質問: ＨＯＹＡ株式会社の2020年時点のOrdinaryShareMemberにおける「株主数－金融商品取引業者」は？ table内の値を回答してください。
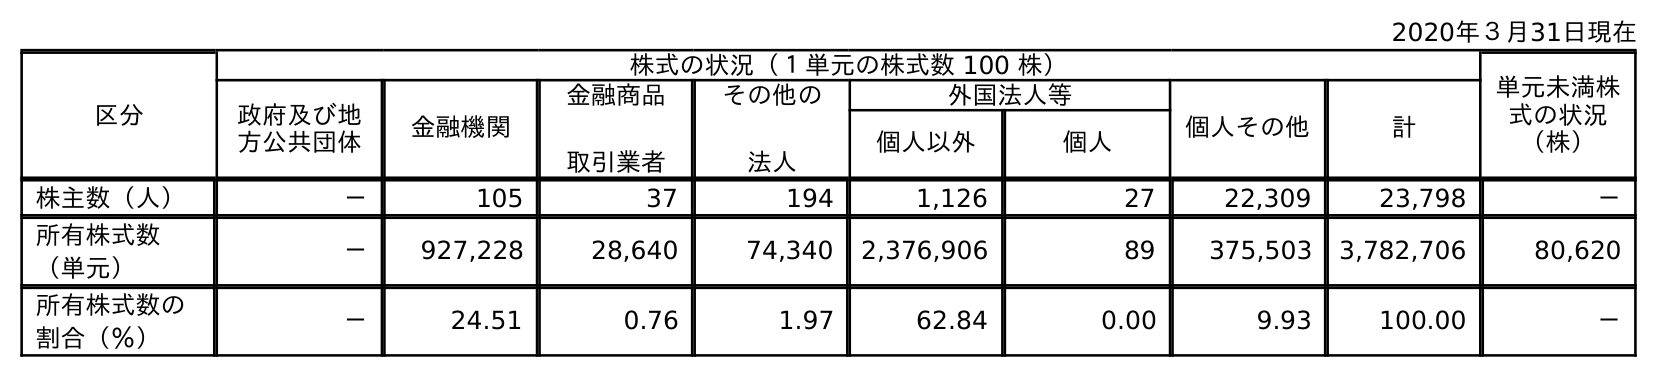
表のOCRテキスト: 2020年３月31日現在 区分 株式の状況（１単元の株式数 100 株） 単元未満株 式の状況 （株） 政府及び地 方公共団体 金融機関 金融商品 取引業者 その他の 法人 外国法人等 個人その他 計 個人以外 個人 株主数（人） － 105 37 194 1,126 27 22,309 23,798 － 所有株式数 （単元） － 927,228 28,640 74,340 2,376,906 89 375,503 3,782,706 80,620 所有株式数の 割合（％） － 24.51 0.76 1.97 62.84 0.00 9.93 100.00 －
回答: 37